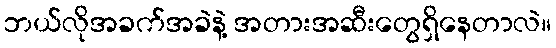
ဘယ်လိုအခက်အခဲနဲ့ အတားအဆီးတွေရှိနေတာလဲ။